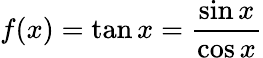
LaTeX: f(x)=\tan x={\frac{\sin x}{\cos x}}